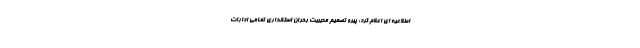
اطلاعیه ای اعلام کرد: پیرو تصمیم‌ مدیریت بحران استانداری تمامی ادارات